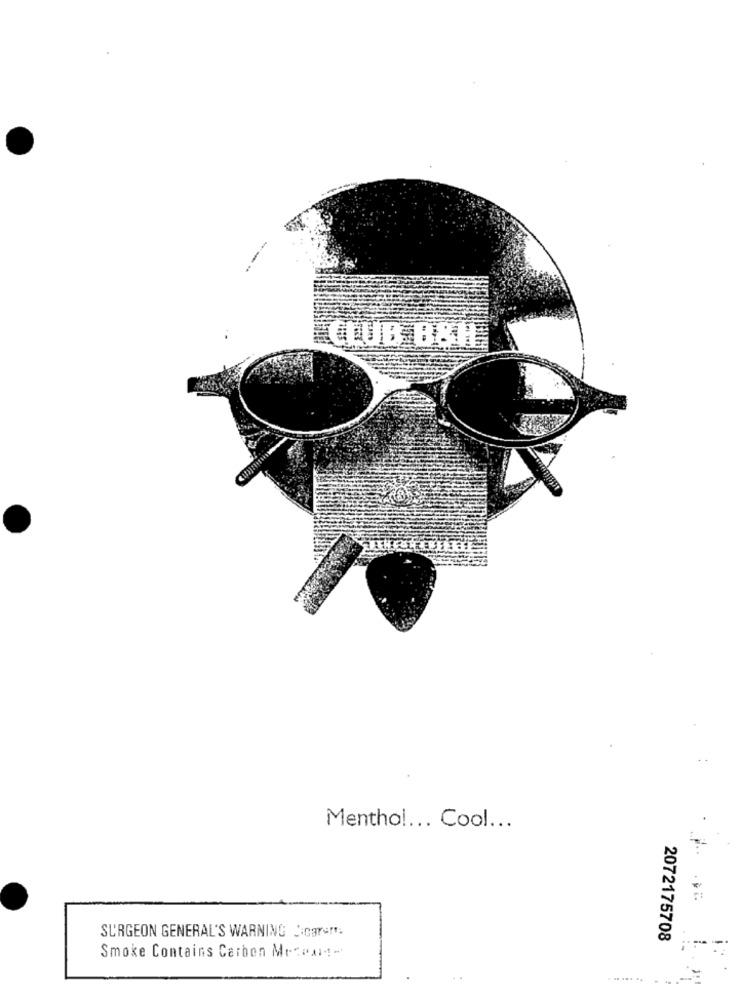
CLUB B&H
Menthol ... Cool ...
SURGEON GENERAL'S WARNING Scar=".
2072175708
Smoke Contains Carbon Mesamis-